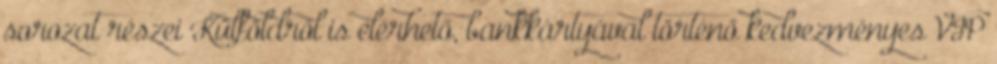
sorozat részei Külföldről is elérhető, bankkártyával történő kedvezményes VIP